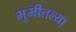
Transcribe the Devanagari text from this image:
भूमीतल्या